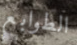
الطوابع